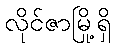
လိုင်ဇာမြို့ရှိ